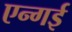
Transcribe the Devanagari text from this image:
एन्गई